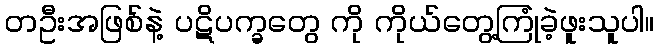
တဦးအဖြစ်နဲ့ ပဋိပက္ခတွေ ကို ကိုယ်တွေ့ကြုံခဲ့ဖူးသူပါ။